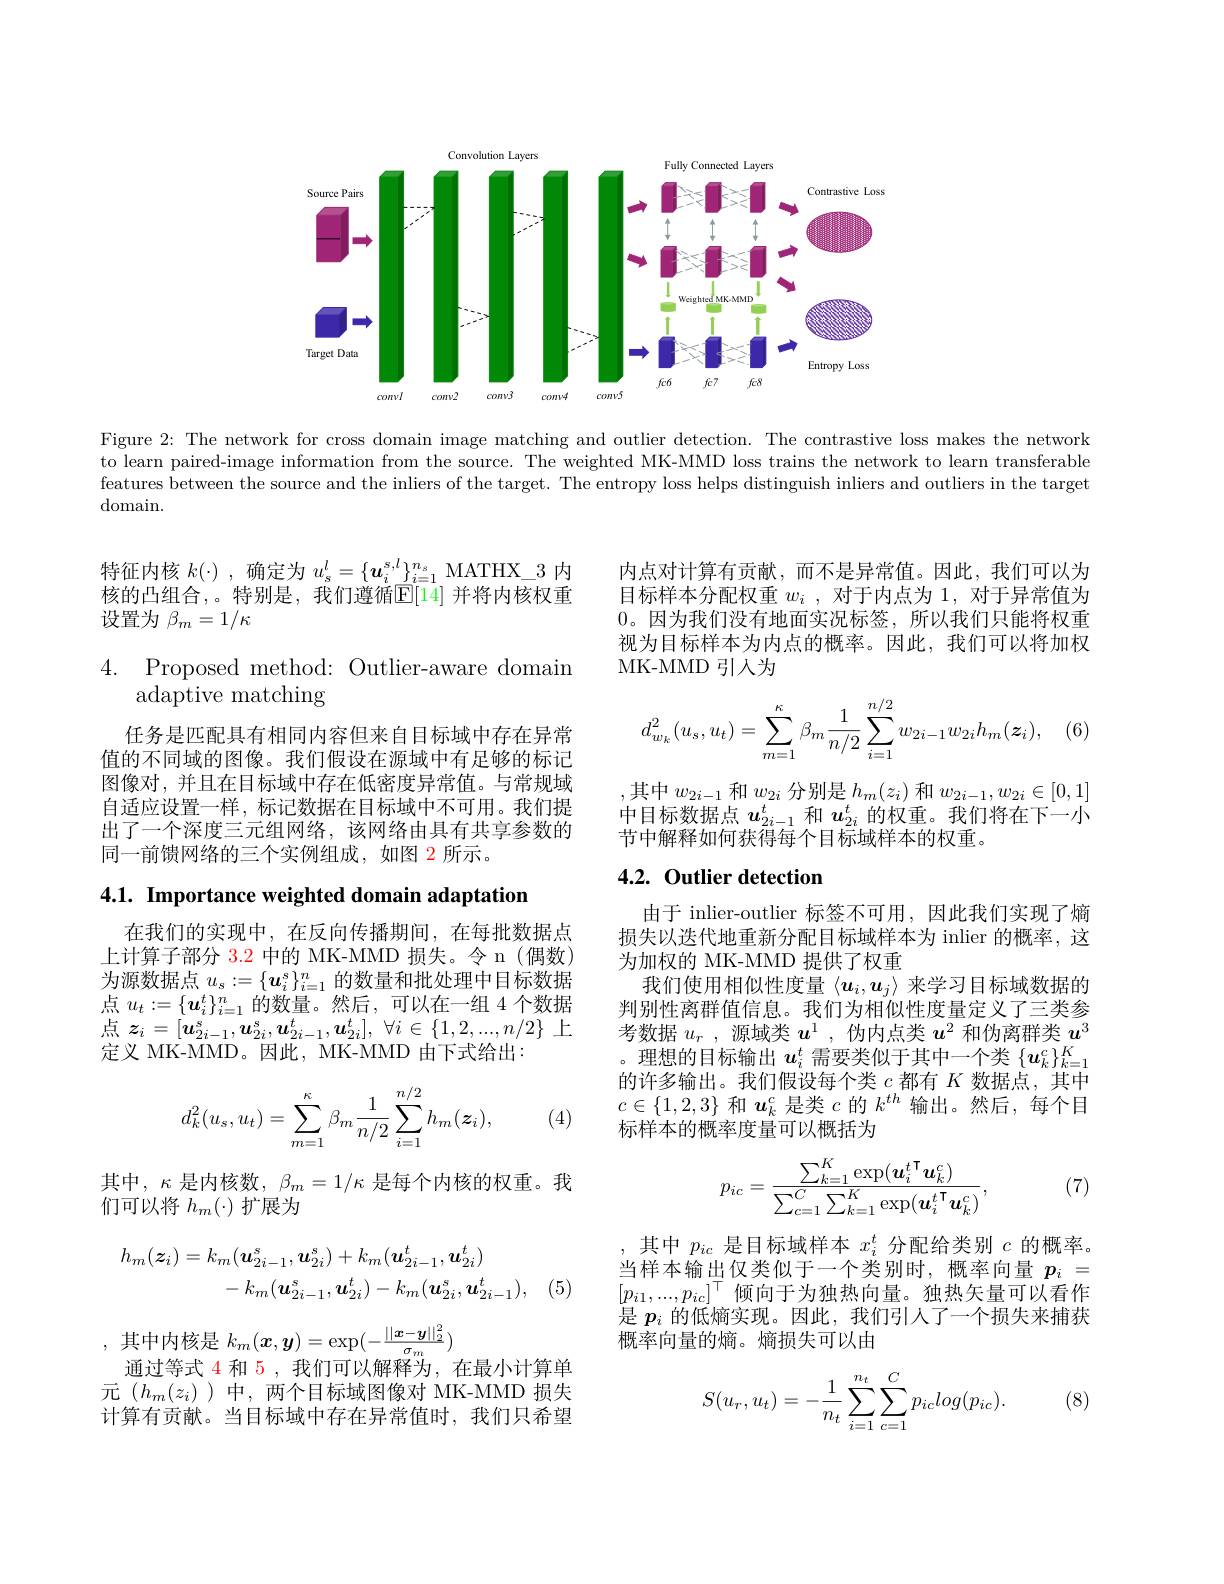
<FigureHere>

Figure 2: The network for cross domain image matching and outlier detection. The contrastive loss makes the network to learn paired-image information from the source. The weighted MK-MMD loss trains the network to learn transferable features between the source and the inliers of the target. The entropy loss helps distinguish inliers and outliers in the target domain.

特征内核$k(\cdot)$,确定为$u_s^l=\{\boldsymbol{u}_i^{s,l}\}_{i=1}^{n_s}$ MATHX\_3 内核的凸组合，。特别是，我们遵循$\mathbb{E}[14]$ 并将内核权重设置为$\beta_m=1/\kappa$

4. Proposed method: Outlier-aware domaim
$\tilde{\text{adaptive matching}}$

任务是匹配具有相同内容但来自目标域中存在异常值的不同域的图像。我们假设在源域中有足够的标记图像对，并且在目标域中存在低密度异常值。与常规域自适应设置一样，标记数据在目标域中不可用。我们提出了一个深度三元组网络，该网络由具有共享参数的同一前馈网络的三个实例组成，如图 2 所示。

$4. 1. \textbf{ Importance weighted domain adaptation}$

在我们的实现中，在反向传播期间，在每批数据点上计算子部分 3.2 中的 MK-MMD 损失。令 n(偶数) 为源数据点$u_s:=\{\boldsymbol{u}_i^\mathrm{s}\}_{i=1}^n$的数量和批处理中目标数据点$u_t:=\{\boldsymbol{u}_i^t\}_{i=1}^n$的数量。然后，可以在一组 4 个数据点$z_i= [ u_{2i- 1}^s, u_{2i}^s, u_{2i- 1}^t, u_{2i}^t] $, $\forall i\in \{ 1, 2, . . . , n/ 2\}$上定义 MK-MMD。因此，MK-MMD 由下式给出：
$$d_k^2(u_s,u_t)=\sum\limits_{m=1}^\kappa\beta_m\frac{1}{n/2}\sum\limits_{i=1}^{n/2}h_m(\boldsymbol{z}_i),$$
(4)

其中，$\kappa$是内核数$,\beta_m=1/\kappa$ 是每个内核的权重。我
们可以将$h_m(\cdot)$扩展为
$$\begin{aligned}h_{m}(\boldsymbol{z}_{i})&=k_{m}(\boldsymbol{u}_{2i-1}^{s},\boldsymbol{u}_{2i}^{s})+k_{m}(\boldsymbol{u}_{2i-1}^{t},\boldsymbol{u}_{2i}^{t})\\&-k_{m}(\boldsymbol{u}_{2i-1}^{s},\boldsymbol{u}_{2i}^{t})-k_{m}(\boldsymbol{u}_{2i}^{s},\boldsymbol{u}_{2i-1}^{t}),\end{aligned}$$
,其中内核是 $k_m(x,\boldsymbol{y})=\exp(-\frac||\boldsymbol{x}-\boldsymbol{y}||_2^2{\sigma_m})$

通过等式 4 和 5 , 我们可以解释为，在最小计算单元($h_m(z_i)$)中，两个目标域图像对 MK-MMD 损失计算有贡献。当目标域中存在异常值时，我们只希望

内点对计算有贡献，而不是异常值。因此，我们可以为目标样本分配权重$w_i$ ,对于内点为 1, 对于异常值为0。因为我们没有地面实况标签，所以我们只能将权重视为目标样本为内点的概率。因此，我们可以将加权MK-MMD 引人为
$$d_{w_k}^2(u_s,u_t)=\sum\limits_{m=1}^\kappa\beta_m\frac{1}{n/2}\sum\limits_{i=1}^{n/2}w_{2i-1}w_{2i}h_m(\boldsymbol{z}_i),$$
,其中$w_{2i-1}$和$w_{2i}$分别是$h_m(z_i)$和$w_{2i-1},w_{2i}\in[0,1]$ 中目标数据点$u_{2i-1}^t$和$u_{2i}^t$的权重。我们将在下一小节中解释如何获得每个目标域样本的权重。

# 4.2. Outlier detection

由于 inlier-outlier 标签不可用，因此我们实现了熵损失以迭代地重新分配目标域样本为 inlier 的概率，这为加权的 MK-MMD 提供了权重
我们使用相似性度量$\langle u_i,u_j\rangle$来学习目标域数据的判别性离群值信息。我们为相似性度量定义了三类参考数据$u_r$ ,源域类$u^1$ ,伪内点类$u^2$和伪离群类$u^3$ 。理想的目标输出$u_i^t$需要类似于其中一个类$\{u_k^c\}_k=1^K$ 的许多输出。我们假设每个类$c$都有$K$数据点，其中$c\in\{1,2,3\}$和$u_k^c$是类$c$的$k^th$输出。然后，每个目标样本的概率度量可以概括为
$$p_{ic}=\frac{\sum_{k=1}^K\exp(\boldsymbol{u}_i^{t\:\mathsf{T}}\boldsymbol{u}_k^c)}{\sum_{c=1}^C\sum_{k=1}^K\exp(\boldsymbol{u}_i^{t\:\mathsf{T}}\boldsymbol{u}_k^c)},$$
(7)

其中$p_ic$是目标域样本$x_i^t$分配给类别$c$的概率。当样本输出仅类似于一个类别时，概率向量$p_i=$ $[p_{i1},...,p_{ic}]^\top$倾向于为独热向量。独热矢量可以看作是$p_i$的低熵实现。因此，我们引人了一个损失来捕获概率向量的熵。熵损失可以由

(8)
$$\begin{aligned}S(u_r,u_t)=-\frac{1}{n_t}\sum_{i=1}^{n_t}\sum_{c=1}^{C}p_{ic}log(p_{ic}).\end{aligned}$$